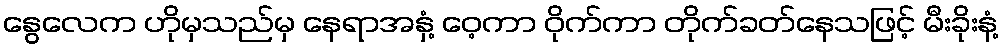
နွေလေက ဟိုမှသည်မှ နေရာအနှံ့ ဝေ့ကာ ဝိုက်ကာ တိုက်ခတ်နေသဖြင့် မီးခိုးနံ့